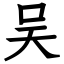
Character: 吴